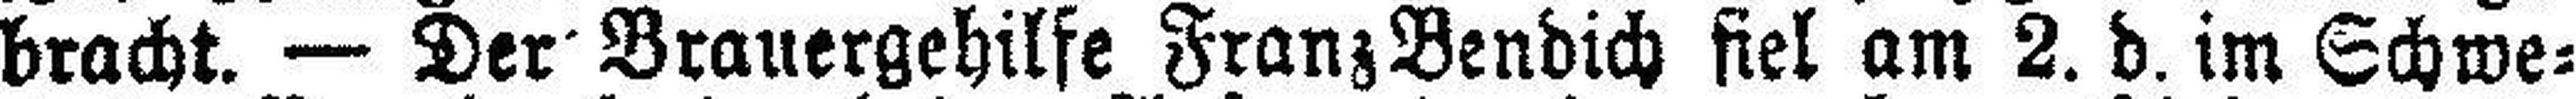
bracht. — Der Brauergehilfe Franz Bendich fiel am 2. d. im Schwe¬